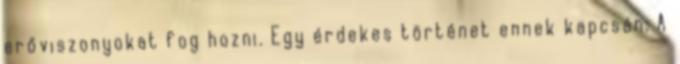
erőviszonyokat fog hozni. Egy érdekes történet ennek kapcsán: A